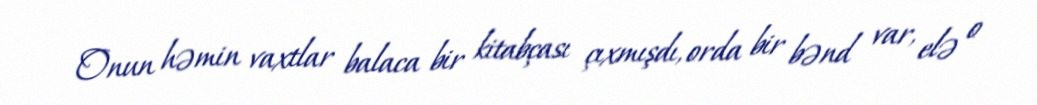
Onun həmin vaxtlar balaca bir kitabçası çıxmışdı, orda bir bənd var, elə o